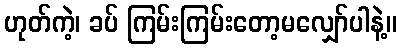
ဟုတ်ကဲ့၊ ခပ် ကြမ်းကြမ်းတော့မလျှော်ပါနဲ့။